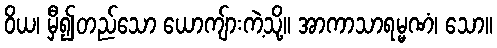
ဝိယ၊ မှီ၍တည်သော ယောကျ်ားကဲ့သို့။ အာကာသာရမ္မဏံ၊ သော။